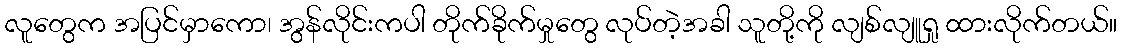
လူတွေက အပြင်မှာကော၊ အွန်လိုင်းကပါ တိုက်ခိုက်မှုတွေ လုပ်တဲ့အခါ သူတို့ကို လျစ်လျူရှု ထားလိုက်တယ်။